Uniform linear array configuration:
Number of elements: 24
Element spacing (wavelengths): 0.25
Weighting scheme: kaiser
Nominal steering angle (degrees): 45
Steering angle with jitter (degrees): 43.155
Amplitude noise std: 0.05
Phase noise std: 0.05

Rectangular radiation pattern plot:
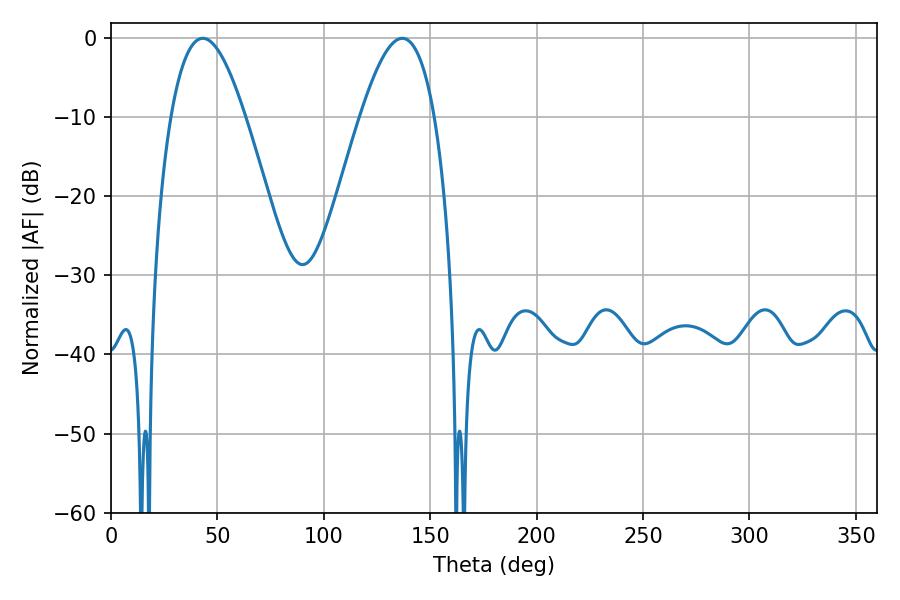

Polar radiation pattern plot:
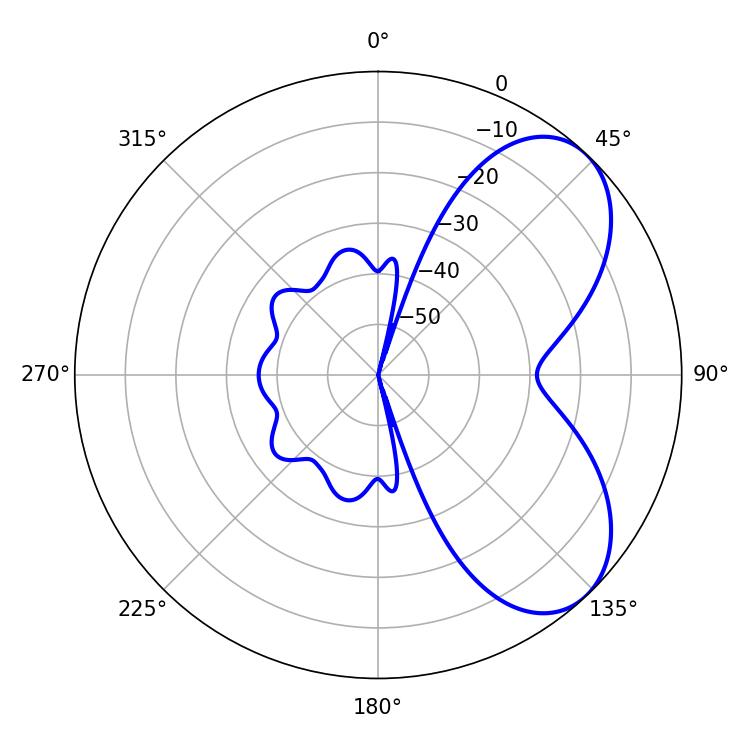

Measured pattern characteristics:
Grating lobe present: FALSE
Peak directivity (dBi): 6.016
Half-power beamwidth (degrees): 19.08
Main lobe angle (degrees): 43.2